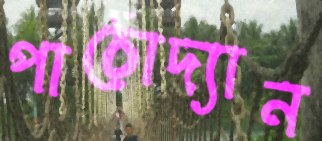
পাঠোদ্যান